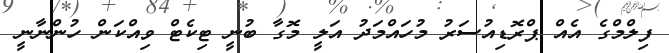
ފިލްމްގެ އެއް ޕްރޮޑިއުސަރު މުހައްމަދު އަލީ މޮގާ ބުނީ ޓިކެޓް ވިއްކަން ހުންނާނީ